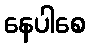
နေပါစေ